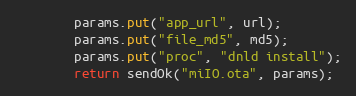
Language: Java
        params.put("app_url", url);
        params.put("file_md5", md5);
        params.put("proc", "dnld install");
        return sendOk("miIO.ota", params);